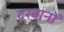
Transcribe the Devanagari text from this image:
दरबानों